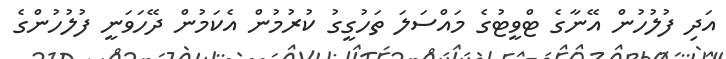
އަދި ފުލުހުން އޭނާގެ ޓްވީޓުގެ މައްސަލަ ތަހުގީގު ކުރުމުން އެކަމުން ދޭހަވަނީ ފުލުހުންގެ